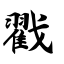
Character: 戳